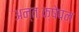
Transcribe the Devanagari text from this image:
अन्तःक्षेपन